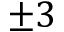
\pm 3